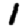
Digit: 1